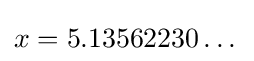
x=5.13562230\dots